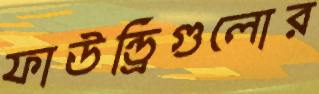
ফাউন্ড্রিগুলোর